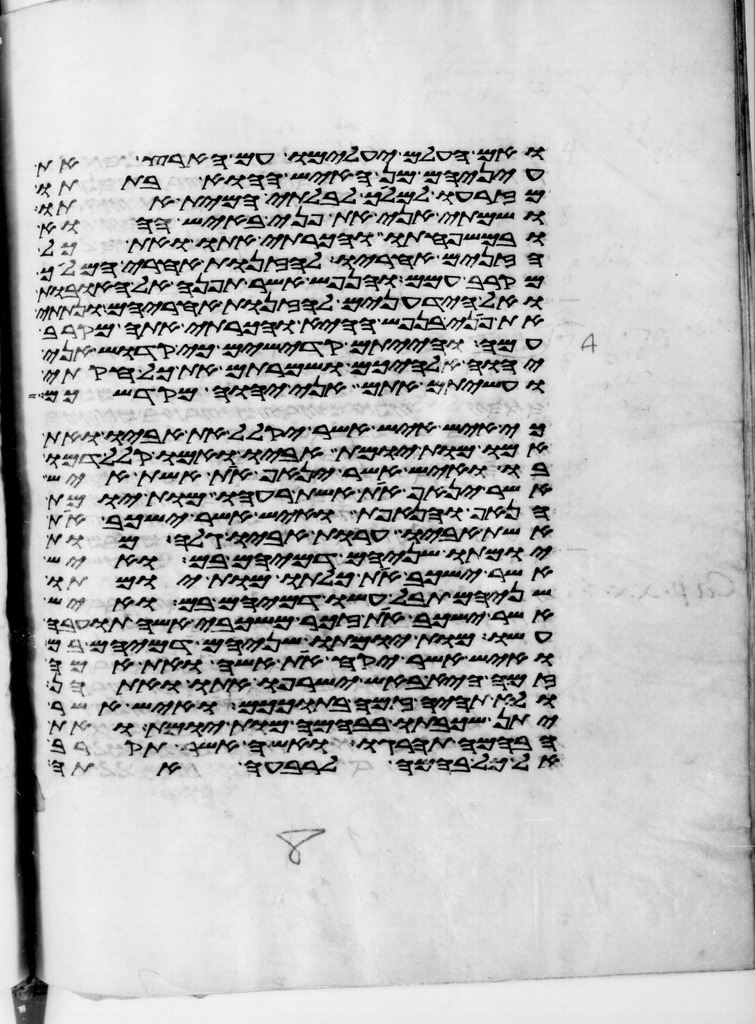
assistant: ואם העלם יעלמו עם הארץ את
עיניהם מן האיש ההוא בתתו
מזרעו למלך לבלתי המית אתו
ושמתי אני את פני באיש ההוא
ובמשפחתו והכרתי אתו ואת כל
הזנים אחריו לזנות אחרי המלך
מקרב עמם והנפש אשר תפנה אל האובות
ואל הידעונים לזנות אחריהם ונתתי
את פני בנפש ההיא והכרתי אתה מקרב
עמה והייתם קדישים כי קדוש אני
יהוה אלהיכם ושמרתם את כל חקותי
ועשיתם אתם אני יהוה מקדשכם
כי איש איש אשר יקלל את אביו ואת
אמו מות יומת אביו ואמו קלל דמו
בו ואיש אשר ינאף את אשת איש
אשר ינאף את אשת רעהו מות יומת
הנאף והנאפת ואיש אשר ישכב את
אשת אביו ערות אביו גלה מות
יומתו שניהם דמיהם בם ואיש
אשר ישכב את כלתו מות יומתו
שניהם תבל עשו דמיהם בם ואיש
אשר ישכב את זכר משכבי אשה תועבה
עשו מות יומתו שניהם דמיהם בם
ואיש אשר יקח את אשה ואת אמה
זמה היא באש ישרפו אתו ואתהן
ולא תהיה זמה בתוככם ואיש אשר
יתן שכבתו בבהמה מות יומת ואת
הבהמה תהרגו ואשה אשר תקרב
אל כל בהמה לרבעה אתה